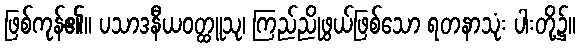
ဖြစ်ကုန်၏။ ပသာဒနီယဝတ္ထူသု၊ ကြည်ညိုဖွယ်ဖြစ်သော ရတနာသုံး ပါးတို့၌။